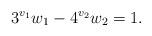
LaTeX: \begin{align*}3^{v_1} w_1 - 4^{v_2} w_2 = 1.\end{align*}